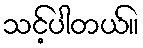
သင့်ပါတယ်။